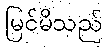
မြင်မိသည်